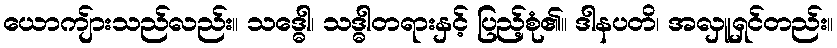
ယောကျ်ားသည်လည်း။ သဒ္ဓေါ၊ သဒ္ဓါတရားနှင့် ပြည့်စုံ၏။ ဒါနပတိ၊ အလှူရှင်တည်း။